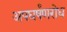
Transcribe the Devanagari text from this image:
अपघर्षंणरोध